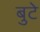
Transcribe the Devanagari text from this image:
बुटे